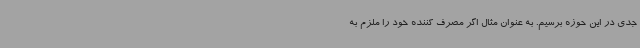
جدی در این حوزه برسیم. به عنوان مثال اگر مصرف کننده خود را ملزم به